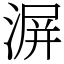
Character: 𣸹